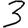
Digit: 3